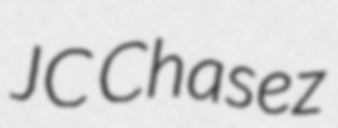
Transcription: JC Chasez